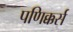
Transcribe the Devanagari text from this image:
पणिक्कर्स